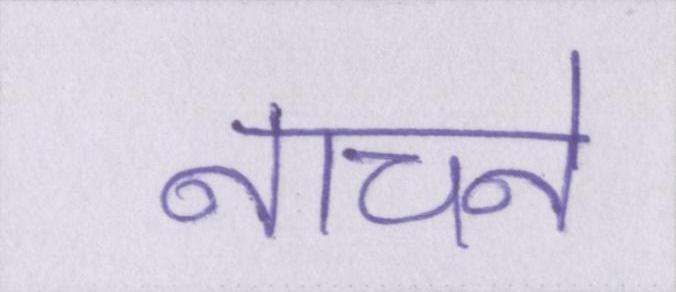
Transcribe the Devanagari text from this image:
नाचने